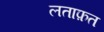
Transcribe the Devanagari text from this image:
लताफ़त